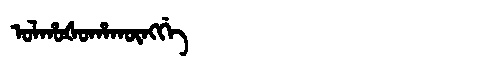
Manchu: ᠣᠯᡥᠣᡧᠣᡥᠠᡴᡡᠩᡤᡝ
Romanization: OLHOŠOHAKŪNGGE